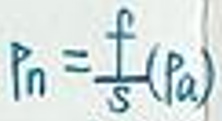
$P _ { n } = \frac { f } { s } ( p _ { a } )$